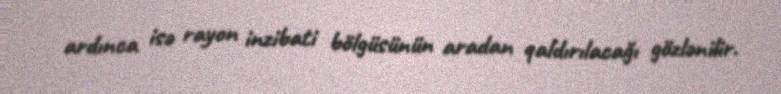
ardınca isə rayon inzibati bölgüsünün aradan qaldırılacağı gözlənilir.